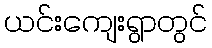
ယင်းကျေးရွာတွင်